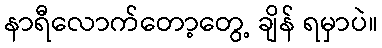
နာရီလောက်တော့တွေ့ ချိန် ရမှာပဲ။